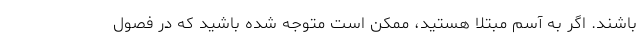
باشند. اگر به آسم مبتلا هستید، ممکن است متوجه شده باشید که در فصول